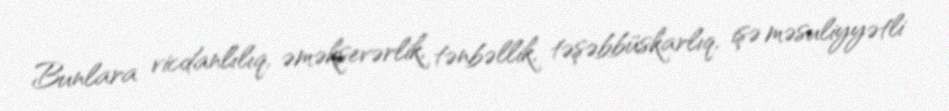
Bunlara vicdanlılıq, əməksevərlik, tənbəllik, təşəbbüskarlıq, işə məsuliyyətli